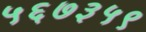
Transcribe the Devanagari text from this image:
५६७३५९